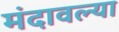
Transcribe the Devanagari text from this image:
मंदावल्या